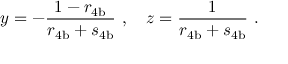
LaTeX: y = - \frac { 1 - r _ { \mathrm { 4 b } } } { r _ { \mathrm { 4 b } } + s _ { \mathrm { 4 b } } } \ , \ \ \ z = \frac { 1 } { r _ { \mathrm { 4 b } } + s _ { \mathrm { 4 b } } } \ .